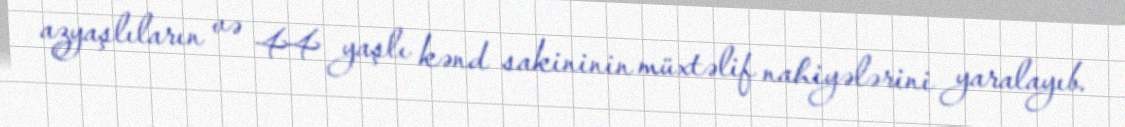
azyaşlıların və 44 yaşlı kənd sakininin müxtəlif nahiyələrini yaralayıb.